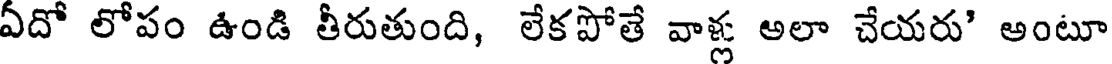
ఏదో లోపం ఉండి తీరుతుంది, లేకపోతే వాళ్ల అలా చేయరు' అంటూ